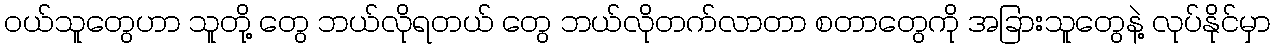
ဝယ်သူတွေဟာ သူတို့ တွေ ဘယ်လိုရတယ် တွေ ဘယ်လိုတက်လာတာ စတာတွေကို အခြားသူတွေနဲ့ လုပ်နိုင်မှာ